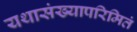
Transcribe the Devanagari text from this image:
यथासंख्यापरिमितं